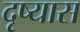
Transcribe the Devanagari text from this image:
दृष्यास